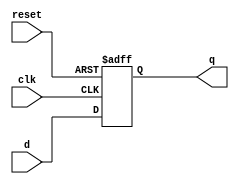
`timescale 1ns / 1ps
//////////////////////////////////////////////////////////////////////////////////
// Company: 
// Engineer: 
// 
// Design Name: 
// Module Name:    D_FF 
// Project Name: 
// Target Devices: 
// Tool versions: 
// Description: 
//
// Dependencies: 
//
// Revision: 
// Revision 0.01 - File Created
// Additional Comments: 
//
//////////////////////////////////////////////////////////////////////////////////

module D_FF(q,d,clk,reset);
output q;
input d, clk,reset;
reg q; 

always@(posedge reset or negedge clk)
begin
	if(reset)
		q<=1'b0;
	else
  		q<=d;
end
endmodule